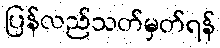
ပြန်လည်သတ်မှတ်ရန်